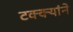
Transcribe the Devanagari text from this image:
टक्क्यांने